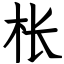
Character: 枨